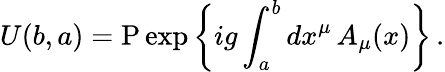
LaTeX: U(b,a)=\mathrm{P}\exp\left\{ ig\int_{a}^{b}dx^{\mu}\, A_{\mu}(x)\right\} \, .